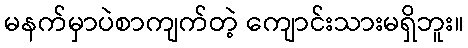
မနက်မှာပဲစာကျက်တဲ့ ကျောင်းသားမရှိဘူး။